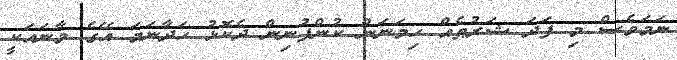
ނަމަވެސް މި ފަދަ ޝަރުޠެއް ހިމަނަން ކުންފުނިން ދެކޮޅު ހަދާނަމަ އޭގެ މާނައަކީ